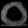
Digit: ၀